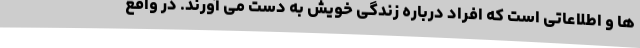
ها و اطلاعاتی است که افراد درباره زندگی خویش به دست می آورند. در واقع